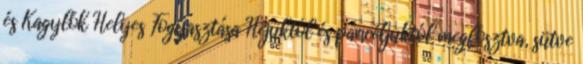
és Kagylók Helyes Fogyasztása Héjuktól és páncéljuktól megfosztva, sütve